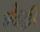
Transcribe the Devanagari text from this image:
चेतसि